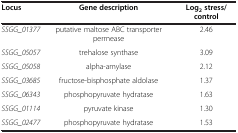
<table><thead><tr><td><b>Locus</b></td><td><b>Gene description</b></td><td><b>Log<sub>2 </sub>stress/control</b></td></tr></thead><tbody><tr><td><i>SSGG_01377</i></td><td>putative maltose ABC transporter permease</td><td>2.46</td></tr><tr><td><i>SSGG_05057</i></td><td>trehalose synthase</td><td>3.09</td></tr><tr><td><i>SSGG_05058</i></td><td>alpha-amylase</td><td>2.12</td></tr><tr><td><i>SSGG_03685</i></td><td>fructose-bisphosphate aldolase</td><td>1.37</td></tr><tr><td><i>SSGG_06343</i></td><td>phosphopyruvate hydratase</td><td>1.63</td></tr><tr><td><i>SSGG_01114</i></td><td>pyruvate kinase</td><td>1.30</td></tr><tr><td><i>SSGG_02477</i></td><td>phosphopyruvate hydratase</td><td>1.53</td></tr></tbody></table>